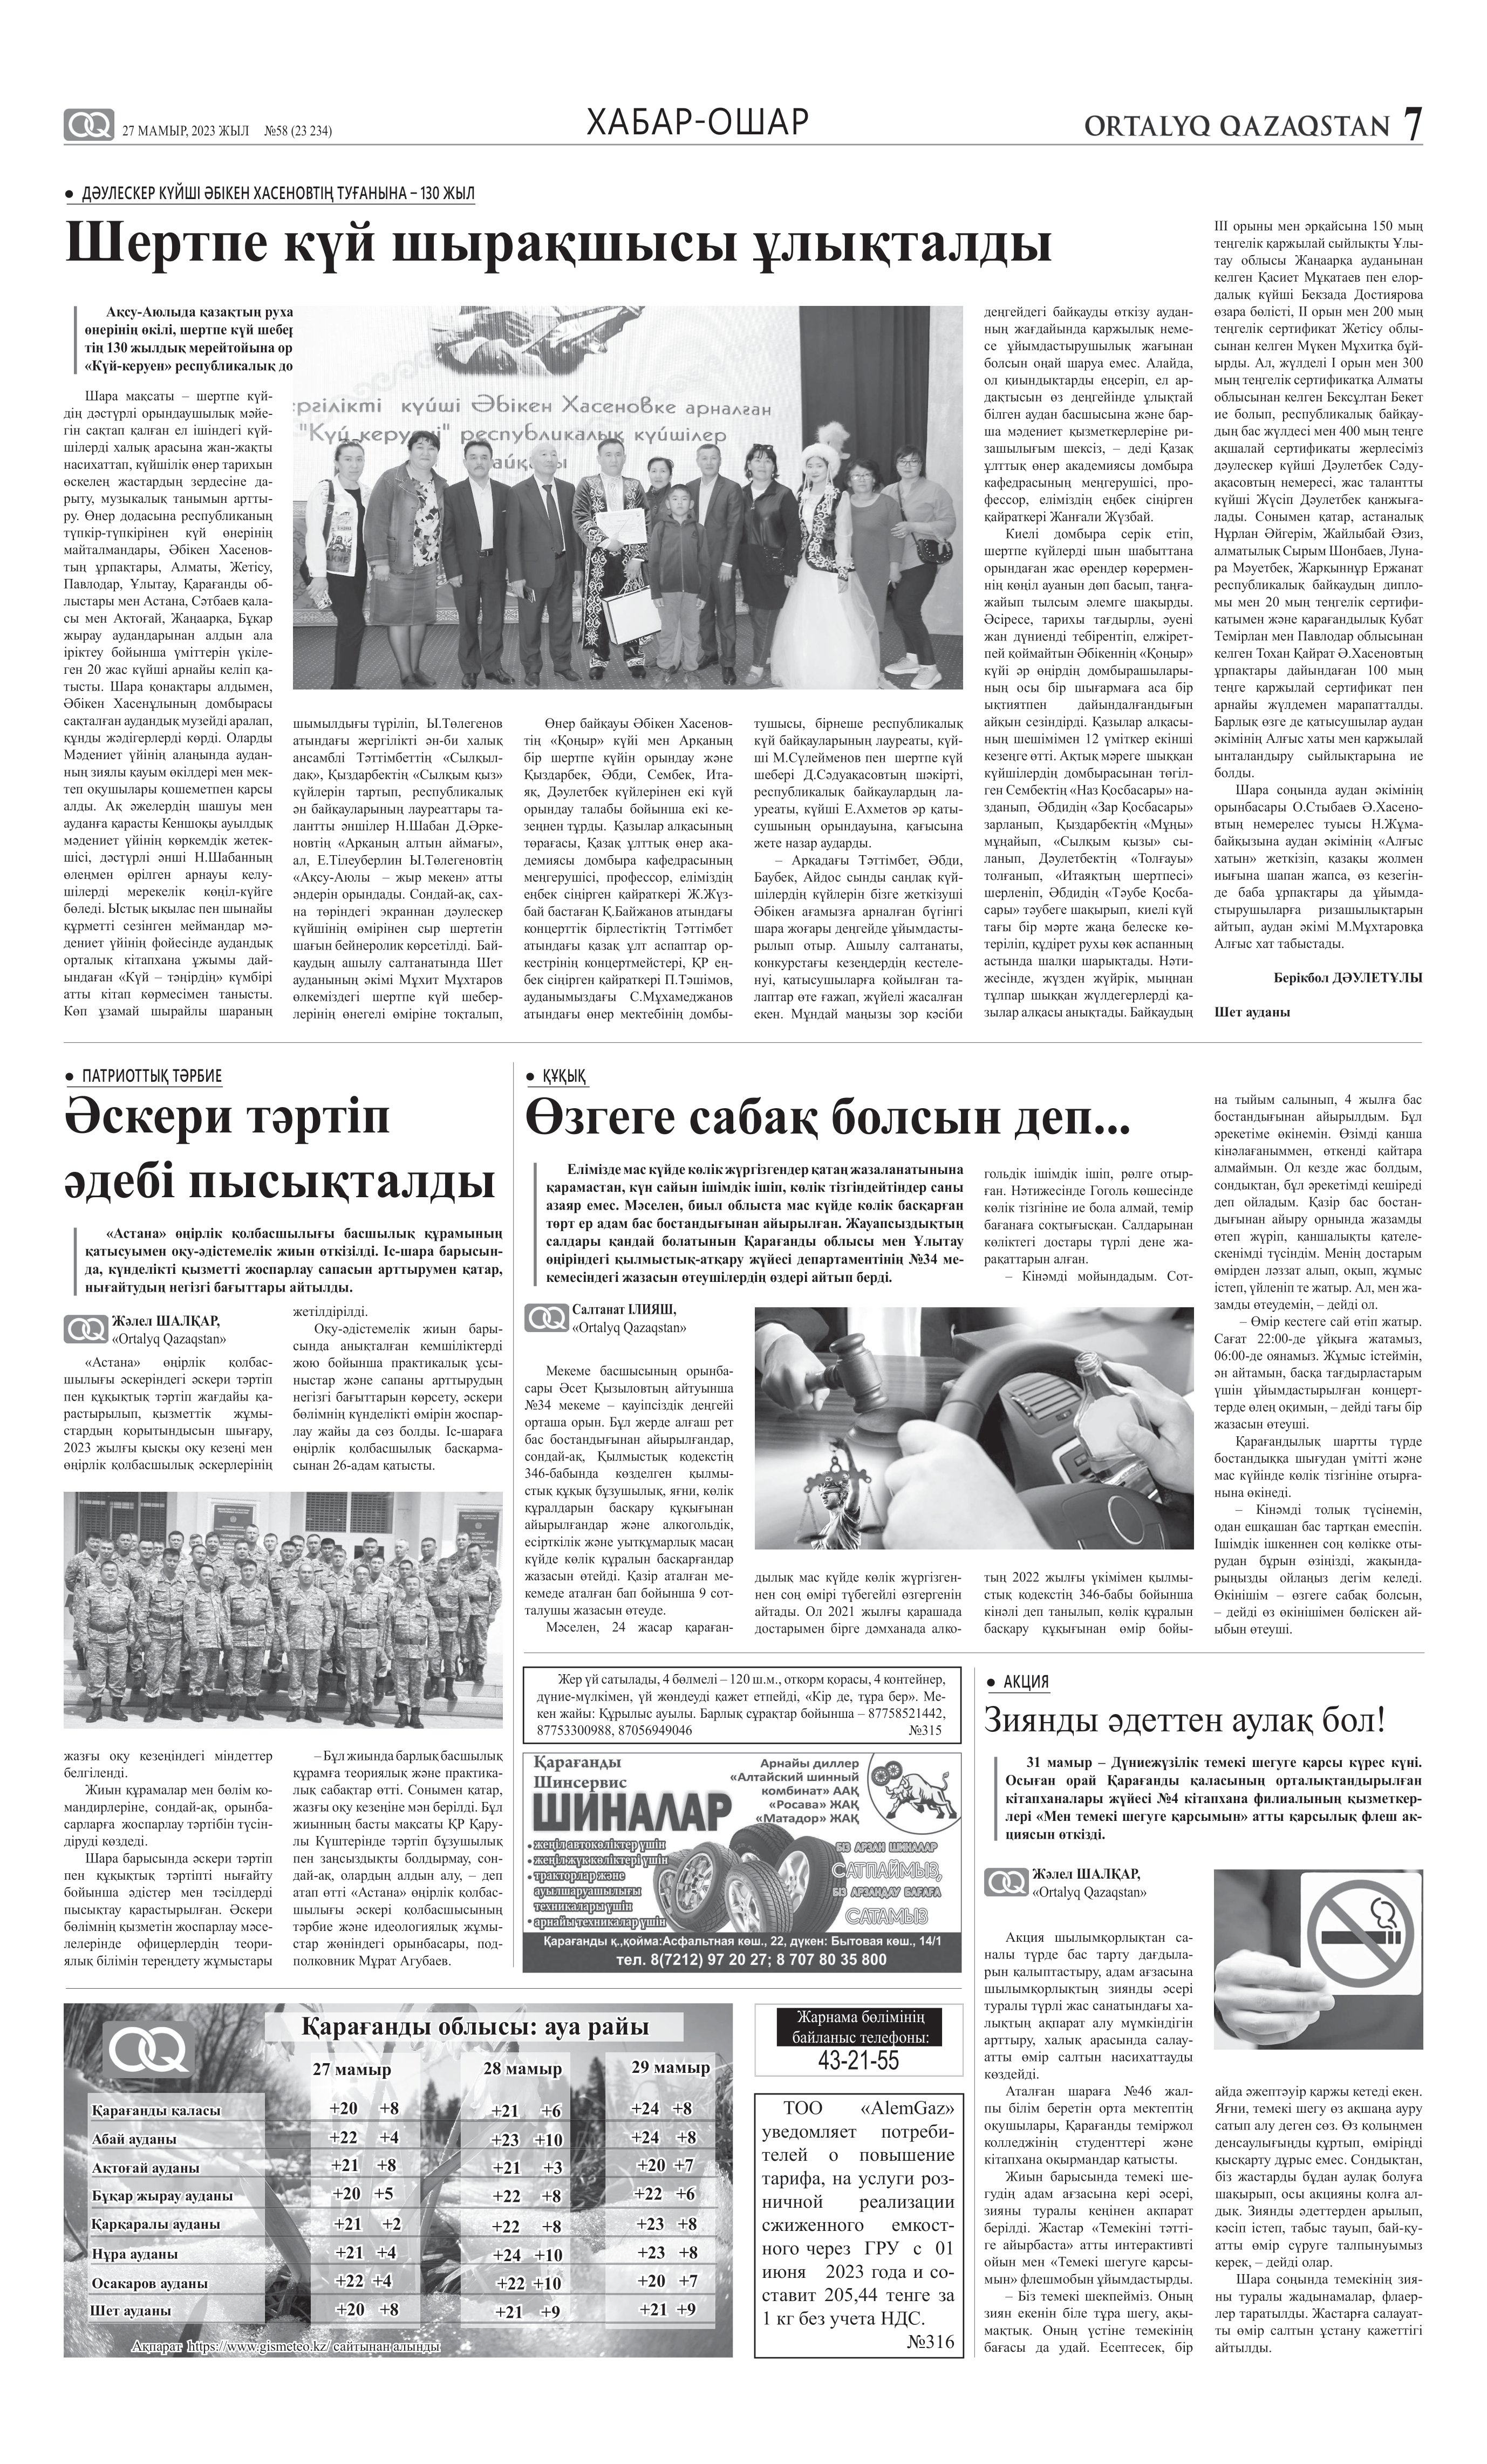
Language: kk